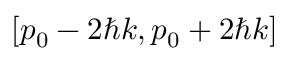
[ p _ { 0 } - 2 \hbar k , p _ { 0 } + 2 \hbar k ]